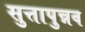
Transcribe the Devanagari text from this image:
सुत्तापुन्नव